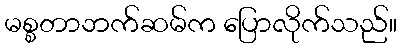
မစ္စတာဘက်ဆမ်က ပြောလိုက်သည်။